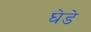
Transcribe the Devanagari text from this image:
घेडे